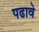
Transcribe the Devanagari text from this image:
पढावे